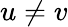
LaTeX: u\ne v